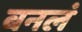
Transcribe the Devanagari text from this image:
बनलं